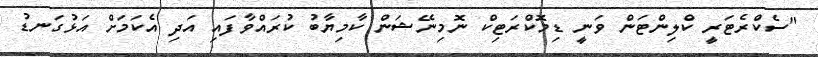
"ސެކްރެޓަރީ ކްލިންޓަން ވަނީ ޑިމޮކްރަޓިކް ނޮމިނޭޝަން ކާމިޔާބު ކުރައްވާފައި އަދި އެކަމަށް އަޅުގަނޑު